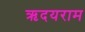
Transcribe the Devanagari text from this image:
ऋदयराम